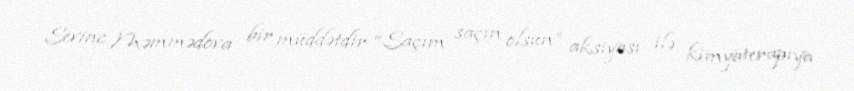
Sevinc Məmmədova bir müddətdir “Saçım saçın olsun” aksiyası ilə kimyaterapiya